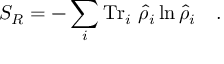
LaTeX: S _ { R } = - \sum _ { i } \mathrm { T r } _ { i } ~ \hat { \rho } _ { i } \ln \hat { \rho } _ { i } ~ ~ ~ .